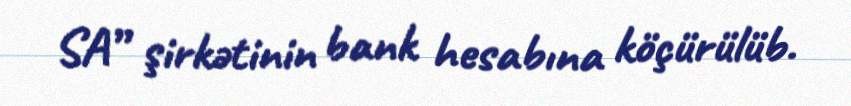
SA” şirkətinin bank hesabına köçürülüb.